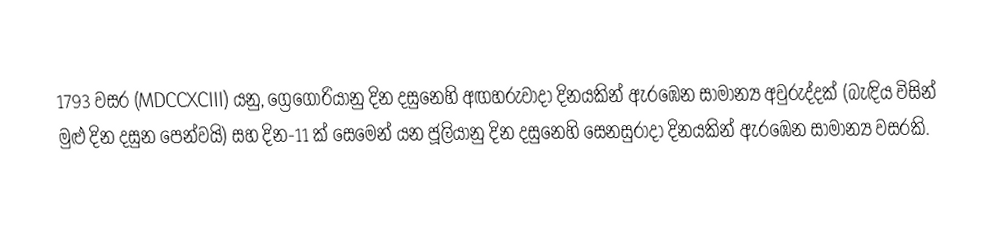

1793 වසර (MDCCXCIII) යනු, ග්‍රෙගෝරියානු දින දසුනෙහි  අඟහරුවාදා දිනයකින් ඇරඹෙන සාමාන්‍ය අවුරුද්දක් (බැඳිය විසින් මුළු දින දසුන පෙන්වයි) සහ   දින-11 ක් සෙමෙන් යන ජූලියානු දින දසුනෙහි සෙනසුරාදා දිනයකින් ඇරඹෙන සාමාන්‍ය වසරකි.